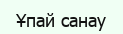
Ұпай санау